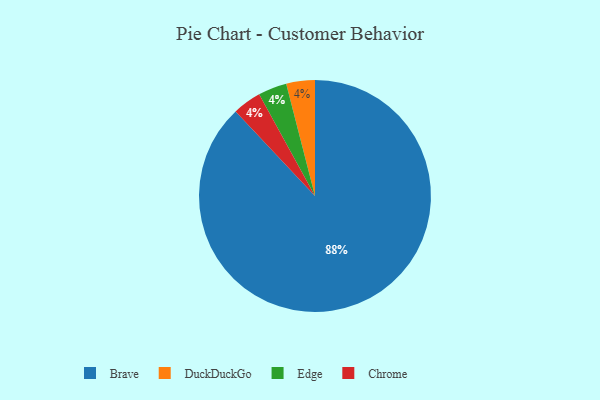
{"axis": {"x": "Category", "y": "Percentage"}, "legend": ["Brave", "Chrome", "DuckDuckGo", "Edge"], "data": [{"x": "DuckDuckGo", "y": 4, "type": "DuckDuckGo"}, {"x": "Edge", "y": 4, "type": "Edge"}, {"x": "Brave", "y": 88, "type": "Brave"}, {"x": "Chrome", "y": 4, "type": "Chrome"}]}